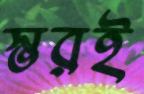
স্তরই